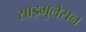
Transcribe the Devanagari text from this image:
साइमुलेसन